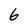
Character: 6